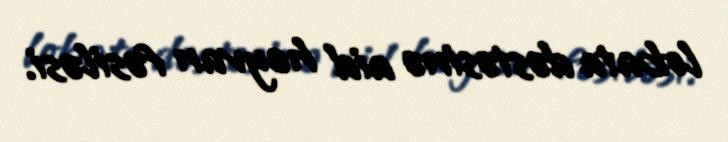
lobata dəstəsinə aid heyvan fəsiləsi.